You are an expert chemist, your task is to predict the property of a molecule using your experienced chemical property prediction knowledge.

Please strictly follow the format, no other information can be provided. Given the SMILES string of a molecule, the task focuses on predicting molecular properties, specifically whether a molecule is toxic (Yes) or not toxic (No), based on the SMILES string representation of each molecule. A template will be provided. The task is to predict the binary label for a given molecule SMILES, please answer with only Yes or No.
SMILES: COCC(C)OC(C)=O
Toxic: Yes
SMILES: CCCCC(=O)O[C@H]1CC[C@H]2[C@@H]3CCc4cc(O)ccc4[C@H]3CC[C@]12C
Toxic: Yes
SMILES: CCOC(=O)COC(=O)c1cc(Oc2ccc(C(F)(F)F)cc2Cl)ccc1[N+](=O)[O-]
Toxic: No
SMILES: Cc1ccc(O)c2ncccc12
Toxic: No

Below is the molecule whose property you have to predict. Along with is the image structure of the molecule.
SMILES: O=C(CCCN1CCC(O)(c2cccc(C(F)(F)F)c2)CC1)c1ccc(F)cc1
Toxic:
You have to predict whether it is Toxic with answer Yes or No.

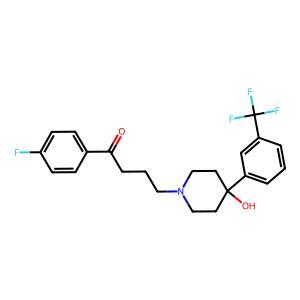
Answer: No